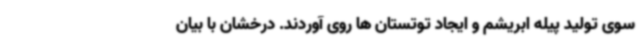
سوی تولید پیله ابریشم و ایجاد توتستان ها روی آوردند. درخشان با بیان